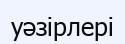
уәзірлері